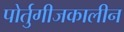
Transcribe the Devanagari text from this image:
पोर्तुगीजकालीन